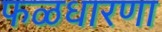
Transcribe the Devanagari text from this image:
फळधारणा